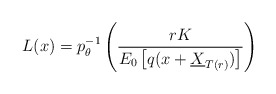
\begin{align*}L(x)=p_{\theta}^{-1}\left( \frac{rK}{E_0\left[q(x+\underline{X}_{T(r)})\right]} \right) \end{align*}